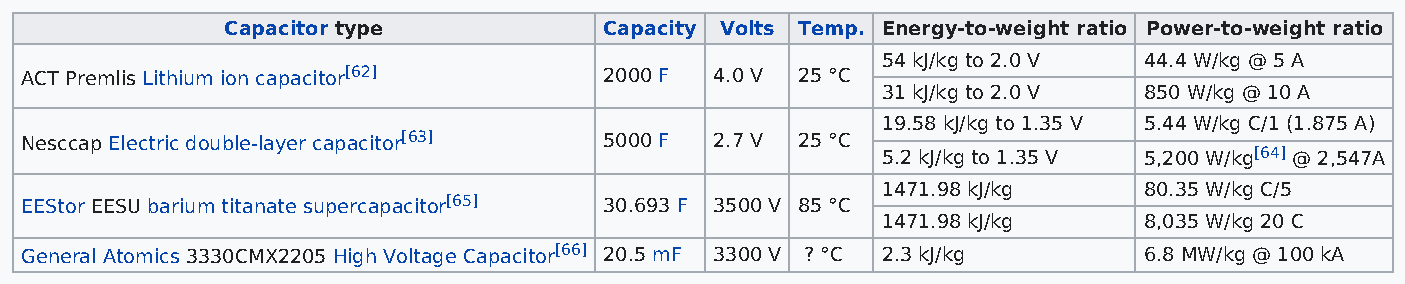
Capacitor type           Capacity Volts Temp. Energy-to-weight ratio Power-to-weight ratio
 54 kJ/kg to 2.0 V 44.4 W/kg @ 5 A
 ACT Premlis Lithium ion capacitor[62]  2000 F 4.0 V 25 °C
 31 kJ/kg to 2.0 V 850 W/kg @ 10 A
 19.58 kJ/kg to 1.35 V 5.44 W/kg C/1 (1.875 A)
 Nesccap Electric double-layer capacitor[63] 5000 F 2.7 V 25 °C
 5.2 kJ/kg to 1.35 V 5,200 W/kg[64] @ 2,547A
 1471.98 kJ/kg     80.35 W/kg C/5
 EEStor EESU barium titanate supercapacitor[65] 30.693 F 3500 V 85 °C
 1471.98 kJ/kg     8,035 W∕kg 20 C
 General Atomics 3330CMX2205 High Voltage Capacitor[66] 20.5 mF 3300 V ? °C 2.3 kJ/kg 6.8 MW/kg @ 100 kA